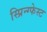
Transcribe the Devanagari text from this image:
स्प्रिन्ग्फेस्ट